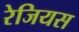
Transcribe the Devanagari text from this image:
रेजियस